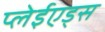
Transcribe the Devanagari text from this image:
प्लेईएड्स